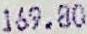
169.80